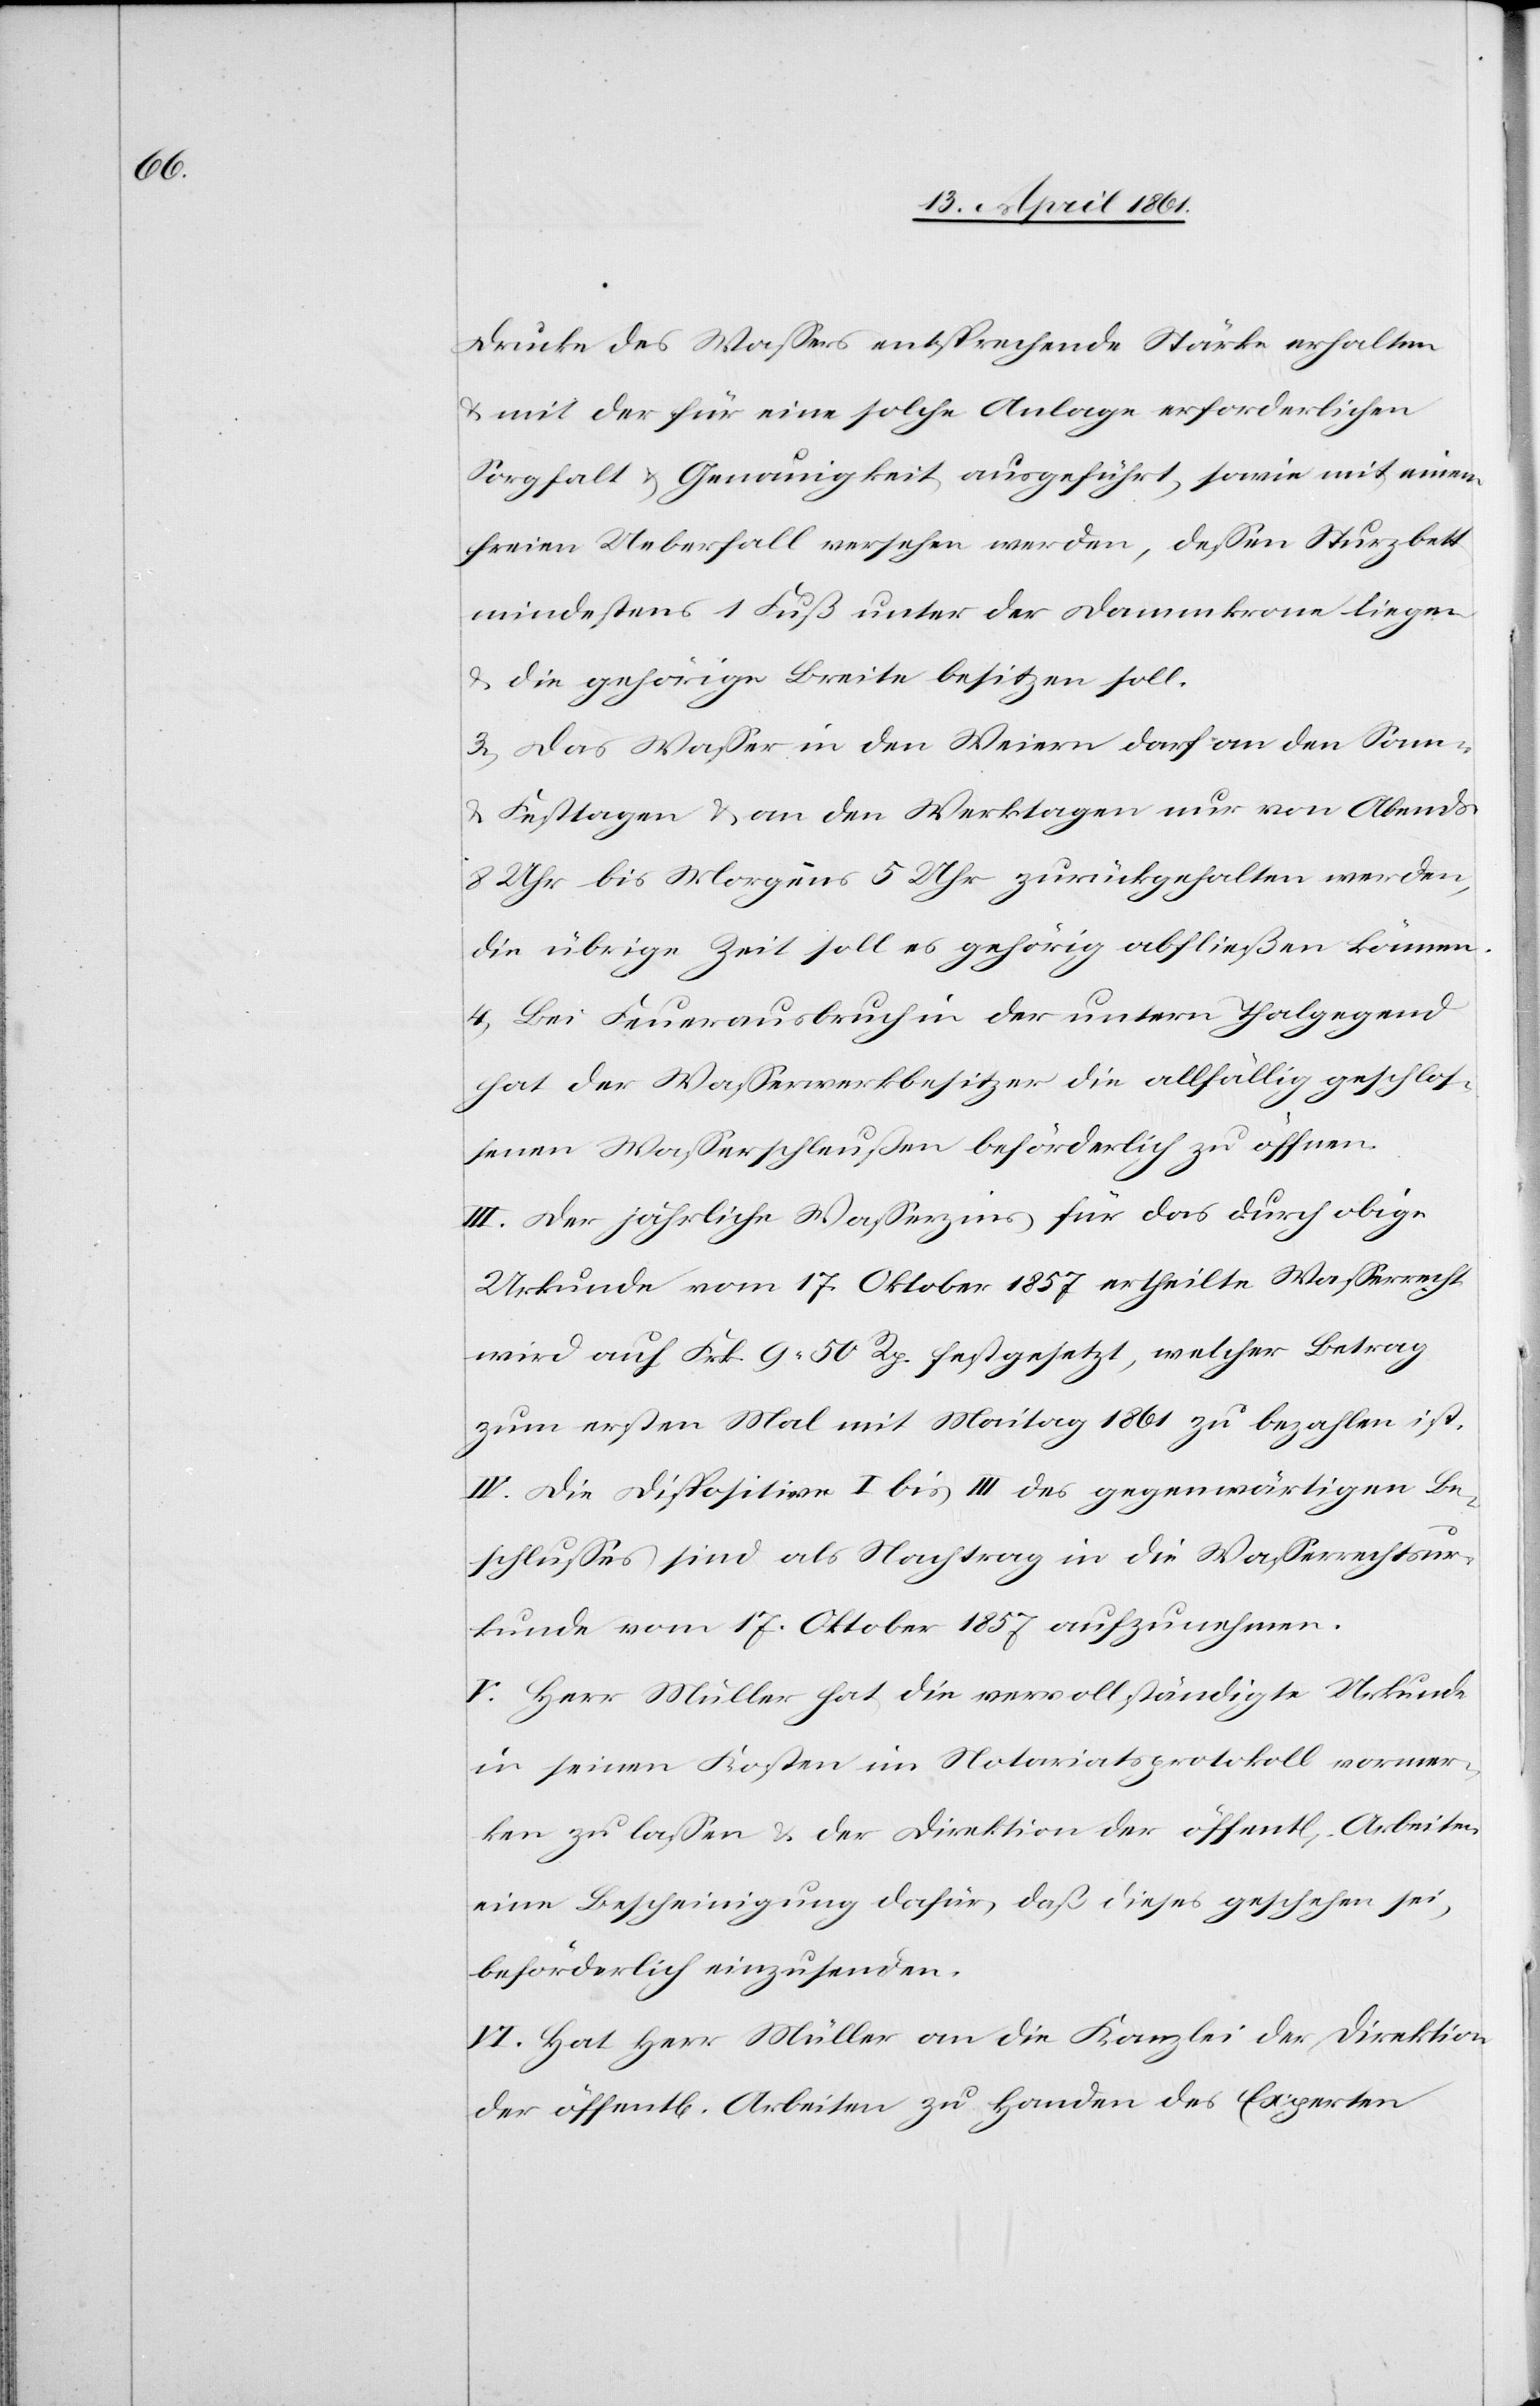
Drucke des Wassers entsprechende Stärke erhalten
u. mit der für eine solche Anlage erforderlichen
Sorgfalt u. Genauigkeit ausgeführt, sowie mit einem
freien Ueberfall versehen werden, dessen Sturzbett
mindestens 1 Fuß unter der Dammkrone liege
u. die gehörige Breite besitzen soll.
3. Das Wasser in den Weiern darf an den Sam-
u. Festtagen u. an den Werktagen nur von Abends
8 Uhr bis Morgens 5 Uhr zurückgehalten werden,
die übrige Zeit soll es gehörig abfließen können.
4. Bei Feuerausbruch in der untern Thalgegend
hat der Wasserwerksbesitzer die Allfällig geschlos¬
senen Wasserschleussen beförderlich zu öffnen.
III. Der jährliche Wasserzins für das durch obige
Urkunde vom 17. Oktober 1857 ertheilte Wasserrecht
wird auf Frk. 9 50 Rp. festgesetzt, welcher Betrag
zum ersten Mal mit Maitag 1861 zu bezahlen ist.
IV. Die Dispositive I bis III des gegenwärtigen Be¬
schlusses sind als Nachtrag in die Wasserrechtsur¬
kunde vom 17. Oktober 1857 aufzunehmen.
V. Herr Müller hat die vervollständigte Urkunde
in seinen Kosten im Notariatsprotokoll vormer¬
ken zu lassen u. der Direktion der öffentl. Arbeiten
eine Bescheinigung dafür, daß dieses geschehen sei,
beförderlich einzusenden.
VI. Hat Herr Müller an die Kanzlei der Direktion
der öffentl. Arbeiten zu Handen des Experten